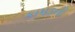
કાપડની